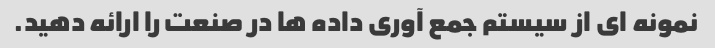
نمونه ای از سیستم جمع آوری داده ها در صنعت را ارائه دهید.